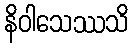
နိဝါသေဿသိ